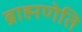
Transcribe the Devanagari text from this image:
ब्राह्मणेति